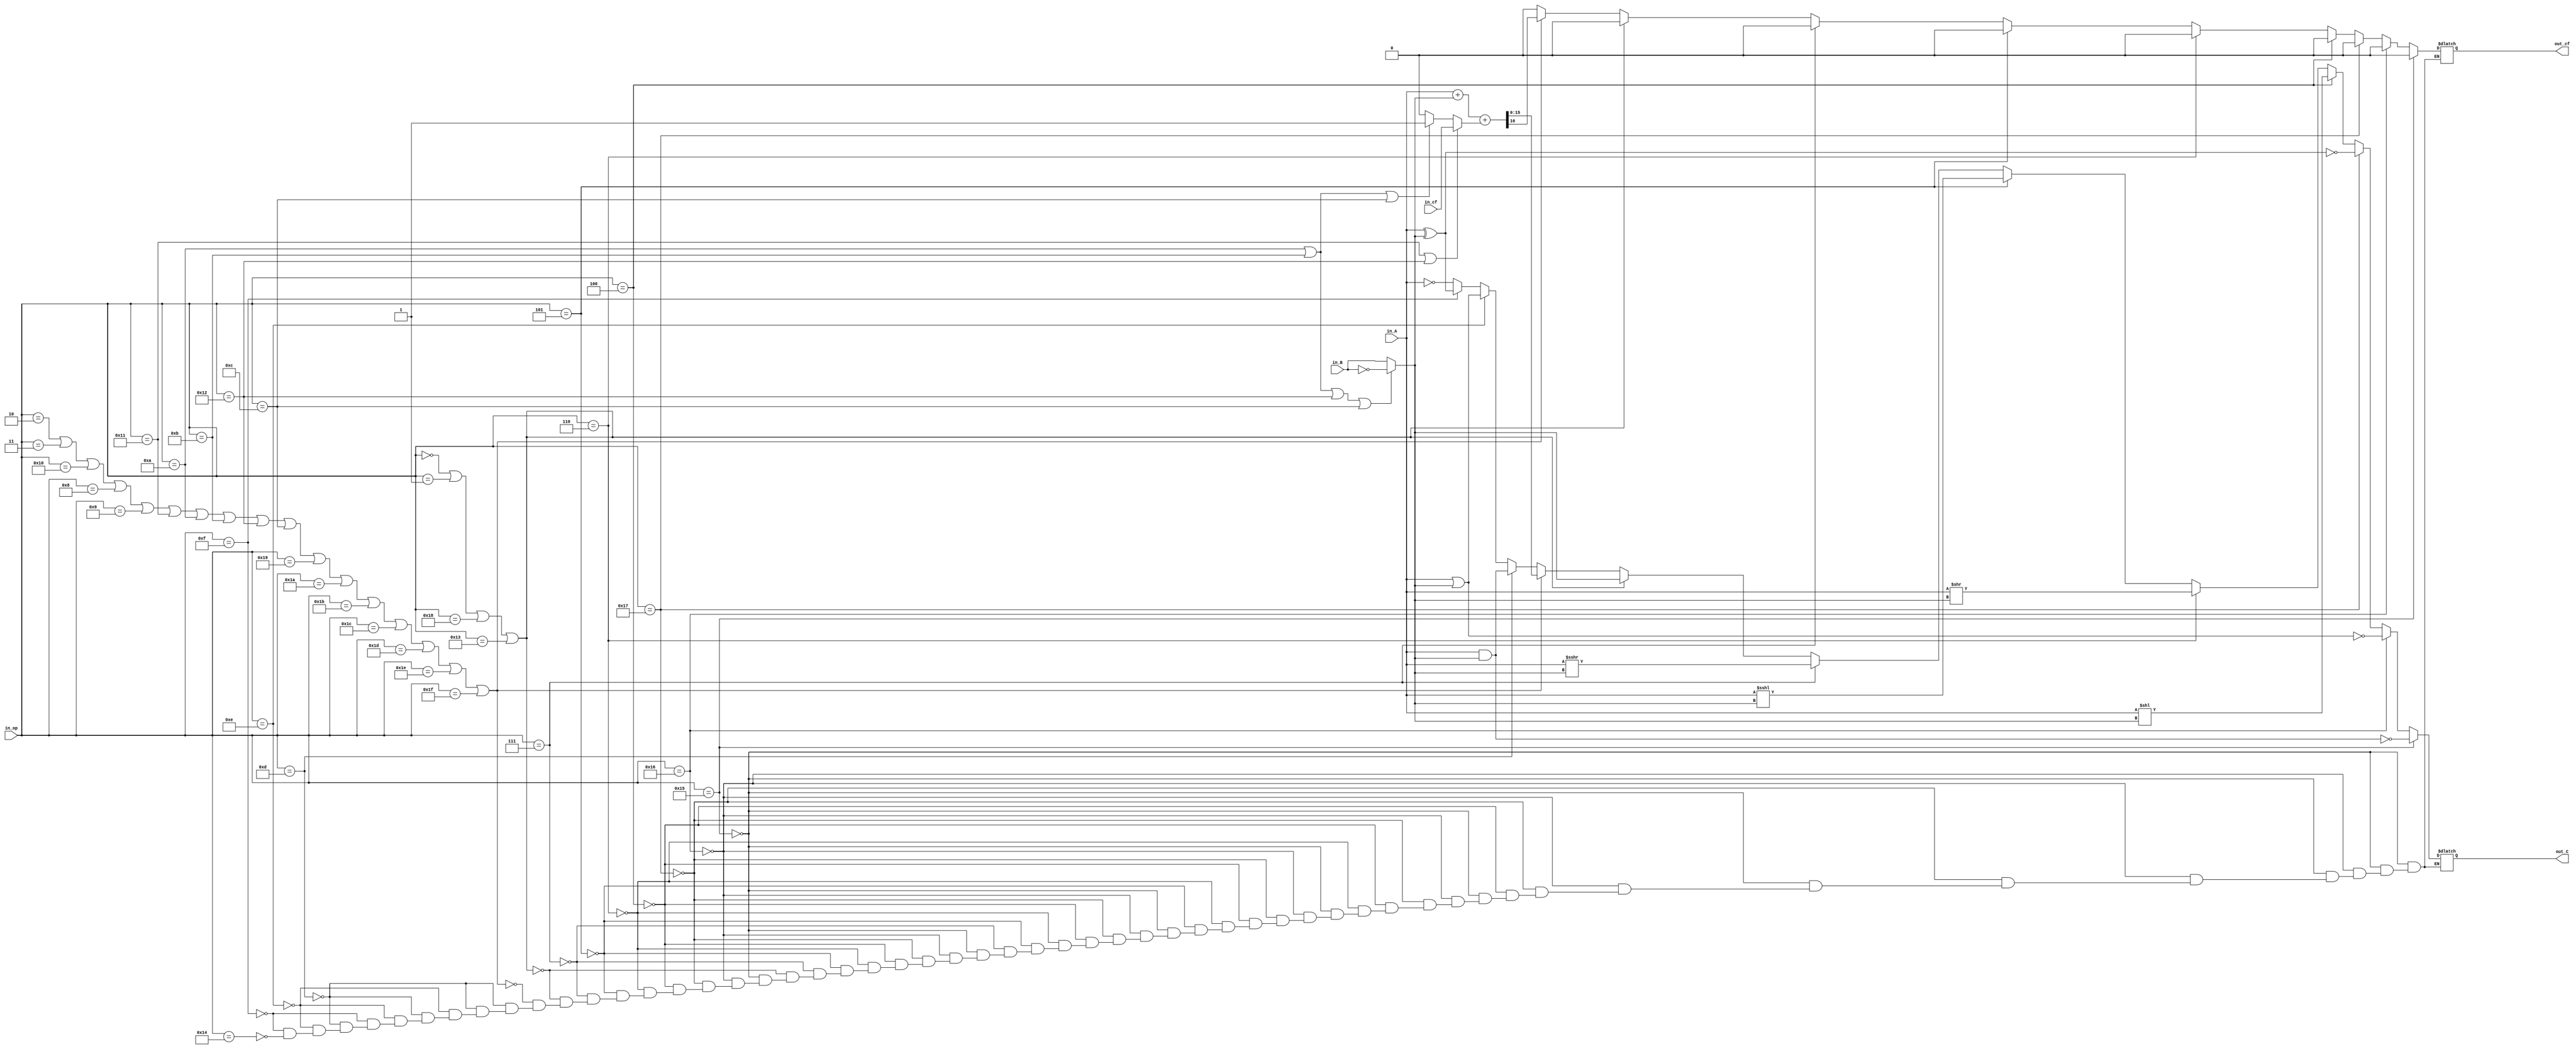
`timescale 1ns / 1ps

`define exec 1'b1
`define idle 1'b0

`define NOP 5'b00000
`define HALT 5'b00001
`define LOAD 5'b00010
`define STORE 5'b00011

`define LDIH 5'b10000
`define ADD 5'b01000
`define ADDI 5'b01001
`define ADDC 5'b10001
`define SUB 5'b01010
`define SUBI 5'b01011
`define SUBC 5'b10010

`define CMP 5'b01100
`define AND 5'b01101
`define OR 5'b01110
`define XOR 5'b01111

`define SLL 5'b00100
`define SRL 5'b00110
`define SLA 5'b00101
`define SRA 5'b00111

`define JUMP 5'b11000
`define JMPR 5'b11001
`define BZ 5'b11010
`define BNZ 5'b11011
`define BN 5'b11100
`define BNN 5'b11101
`define BC 5'b11110
`define BNC 5'b11111

`define NOT 5'b10100
`define NAND 5'b10101
`define NOR 5'b10110
`define XNOR 5'b10111

`define LDIL 5'b10011

module my_ALU(
	input [15:0] in_A,
	input [15:0] in_B,
	input [4:0] in_op,
	input in_cf,
	output reg [15:0] out_C,
	output reg out_cf);

reg [15:0] real_B;
reg [15:0] real_A;
reg real_cf;

always @ (*) begin

//**********************  **********************
	//in_op00in_cf
	if (in_op==`ADDC || in_op==`SUBC)
		real_cf = in_cf;
	else if (in_op==`SUB || in_op==`SUBI || in_op==`CMP)
		real_cf = 1'b1;
	else
		real_cf = 1'b0;
		
	//real_B
	if (in_op==`SUB || in_op==`SUBI ||in_op==`SUBC ||in_op==`CMP)
		real_B = ~in_B;
	else
		real_B = in_B;
		
	//real_A
	real_A = in_A;
		
//**********************  **********************
	if (in_op == `AND) begin
		out_C = real_A & real_B;
		out_cf = 1'b0;
	end
	else if (in_op == `OR) begin
		out_C = real_A | real_B;
		out_cf = 1'b0;
	end
	else if (in_op == `XOR) begin
		out_C = real_A ^ real_B;
		out_cf = 1'b0;
	end
	else if (in_op == `NOT) begin
		out_C = ~real_A;
		out_cf = 1'b0;
	end
	if (in_op == `NAND) begin
		out_C = ~(real_A & real_B);
		out_cf = 1'b0;
	end
	else if (in_op == `NOR) begin
		out_C = ~(real_A | real_B);
		out_cf = 1'b0;
	end
	else if (in_op == `XNOR) begin
		out_C = ~(real_A ^ real_B);
		out_cf = 1'b0;
	end
	else if (in_op == `SLL) begin
		out_C = real_A << real_B;
		out_cf = 1'b0;
	end
	else if (in_op == `SRL) begin
		out_C = real_A >> real_B;
		out_cf = 1'b0;
	end
	else if (in_op == `SLA) begin
		out_C = real_A <<< real_B;
		out_cf = 1'b0;
	end
	else if (in_op == `SRA) begin
		out_C = real_A >>> real_B;
		out_cf = 1'b0;
	end
	
	else if (in_op == `NOP || in_op == `HALT || in_op == `JUMP || in_op == `LDIL) begin
		out_C = real_B;
		out_cf = 1'b0;
	end
	
	else if (in_op == `LOAD || in_op == `STORE || in_op == `LDIH || in_op == `ADD || in_op == `ADDI
			|| in_op == `ADDC || in_op == `SUB || in_op == `SUBI || in_op == `SUBC || in_op == `CMP || in_op == `JMPR
			|| in_op == `BZ || in_op == `BNZ || in_op == `BN || in_op == `BNN || in_op == `BC || in_op == `BNC)
		{out_cf , out_C} = real_A + real_B + real_cf;
		
end


//*********************** FLAG **************************

endmodule